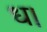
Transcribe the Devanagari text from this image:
ध।